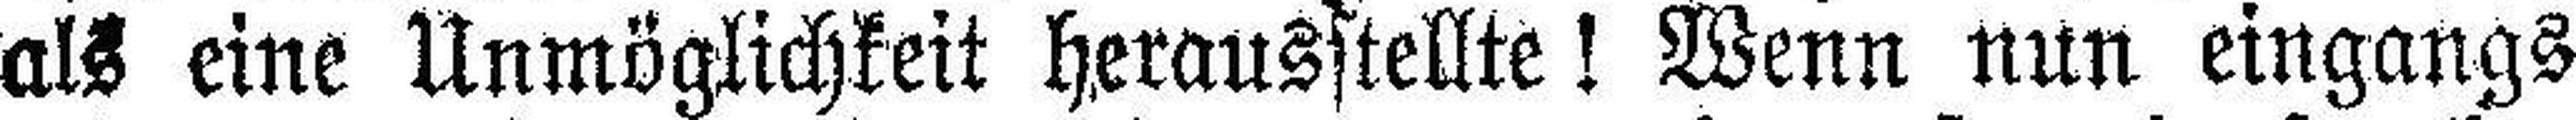
als eine Unmöglichkeit herausstellte! Wenn nun eingangs